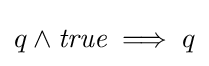
q\land {\textit {true}}\implies q